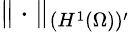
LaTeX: \| \cdot\| _{(H^{1}(\Omega))^{\prime}}